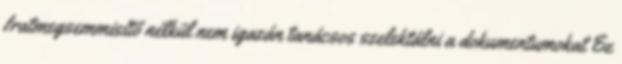
Iratmegsemmisítő nélkül nem igazán tanácsos szelektálni a dokumentumokat Ez